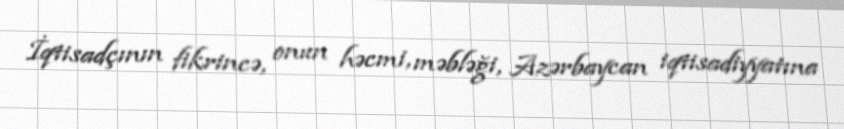
İqtisadçının fikrincə, onun həcmi, məbləği, Azərbaycan iqtisadiyyatına